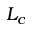
L _ { c }